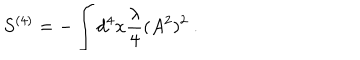
S ^ { ( 4 ) } = - \int d ^ { 4 } x \frac { \lambda } { 4 } ( A ^ { 2 } ) ^ { 2 } \ .